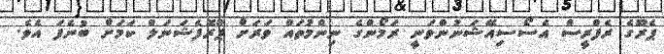
ޕެރޫގެ ރެފްރީސް އެސޯސިއޭޝަނުންވަނީ ރަމޯންގެ ނިންމުތައް ވަރަށް ޕްރޮފެޝަނަލް ކަމަށް ބުނެފަ އެވެ.